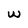
Character: w